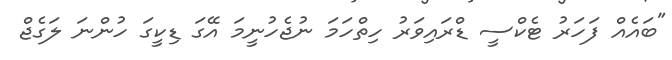
"ބައެއް ފަހަރު ޓެކްސީ ޑްރައިވަރު ހިތްހަމަ ނުޖެހުނީމަ އޭގަ ޑިކީގަ ހުންނަ ލަގެޖް